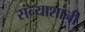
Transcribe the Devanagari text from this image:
संन्याशांनी